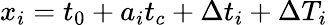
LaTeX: x_{i}=t_{0}+a_{i}t_{c}+\Delta t_{i}+\Delta T_{i}